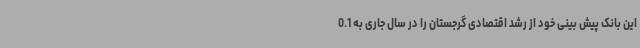
این بانک پیش بینی خود از رشد اقتصادی گرجستان را در سال جاری به 0.1